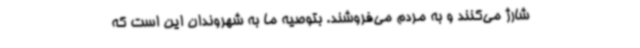
شارژ می‌کنند و به مردم می‌فروشند. بتوصیه ما به شهروندان این است که